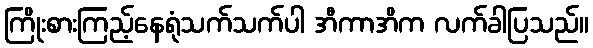
ကြိုးစားကြည့်နေရုံသက်သက်ပါ အီကာအိက လက်ခါပြသည်။